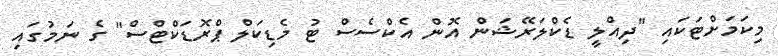
މިކަމަށްޓަކައި "ދިއްލީ ޑެކްލަރޭޝަން އޮން އެކްސެސް ޓު މެޑިކަލް ޕްރޮޑަކްޓްސް" ގެ ނަމުގައި